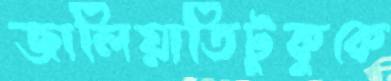
জালিয়াতিটুকুকে